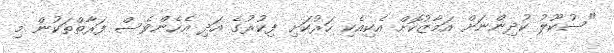
"ސުކޫލު ކުދިންނަށް އަމާޒުކޮށް އެކިއެކި ހަރުކަށި ފިކުރުގެ އަދި އެހެންވެސް ފަރާތްތަކުން މި